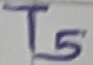
Text: T5